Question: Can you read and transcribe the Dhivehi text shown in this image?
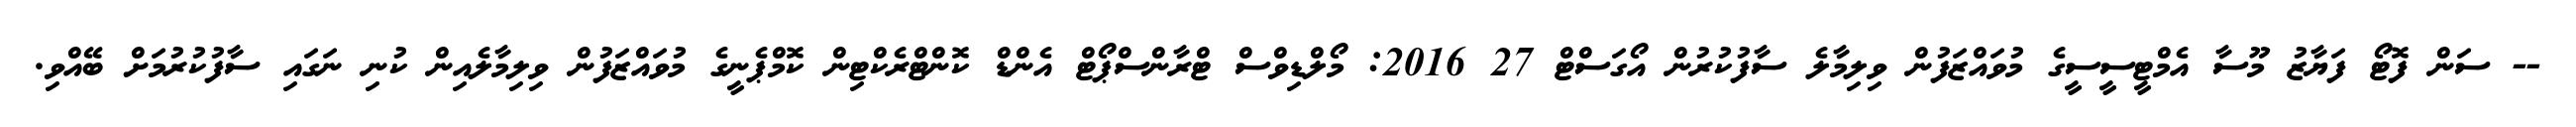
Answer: -- ސަން ފޮޓޯ ފަޔާޒު މޫސާ އެމްޓީސީސީގެ މުވައްޒަފުން ވިލިމާލެ ސާފުކުރުން އޯގަސްޓް 27 2016: މޯލްޑިވްސް ޓްރާންސްޕޯޓް އެންޑް ކޮންޓްރެކްޓިން ކޮމްޕެނީގެ މުވައްޒަފުން ވިލިމާލެއިން ކުނި ނަގައި ސާފުކުރުމަށް ބޭއްވި.